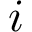
i